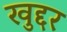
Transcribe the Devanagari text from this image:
खुद्दर